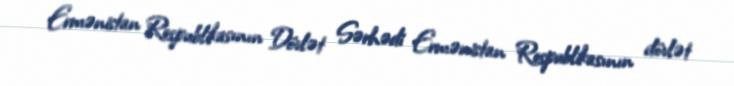
Ermənistan Respublikasının Dövlət Sərhədi Ermənistan Respublikasının dövlət